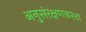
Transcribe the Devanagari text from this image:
अनुसंरक्षणकरता